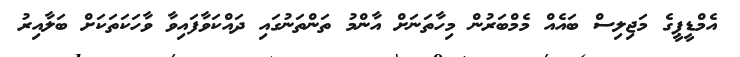
އެމްޑީޕީގެ މަޖިލިސް ބައެއް މެމްބަރުން މިހާތަނަށް އާންމު ތަންތަނުގައި ދައްކަވާފައިވާ ވާހަކަތަކަށް ބަލާއިރު